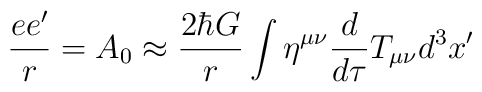
\frac{ee'}{r} = A_0 \approx \frac{2\hbar G}{r}\int \eta^{\mu \nu}\frac{d}{d\tau}T_{\mu \nu} d^3 x'